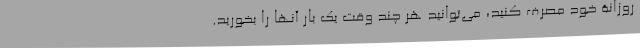
روزانۀ خود مصرف کنید، می‌توانید هر چند وقت یک بار آنها را بخورید.